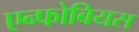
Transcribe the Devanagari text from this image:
एन्फोबियस